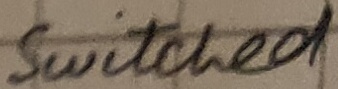
Text: Switched